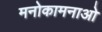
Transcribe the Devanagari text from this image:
मनोकामनाओ